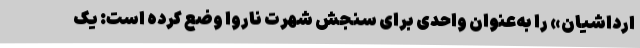
ارداشیان» را به‌عنوان واحدی برای سنجش شهرتِ ناروا وضع کرده است: یک